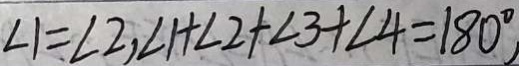
\angle 1 = \angle 2 , \angle 1 + \angle 2 + \angle 3 + \angle 4 = 1 8 0 ^ { \circ }